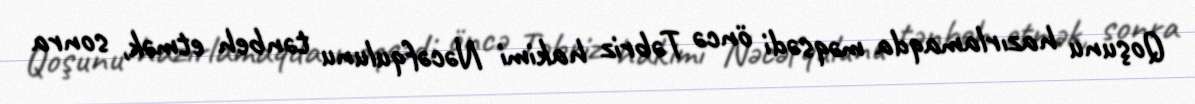
Qoşunu hazırlamaqda məqsədi öncə Təbriz hakimi Nəcəfqulunu tənbeh etmək, sonra